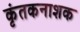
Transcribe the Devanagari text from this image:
कृंतकनाशक